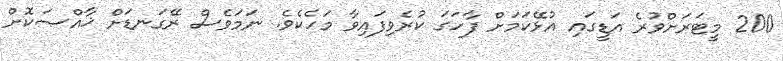
200 މީޓަރަށްވުރެ އަޑީގައި އުޅޭކަމަށް ފާހަގަ ކުރެވިފައިވާ މަހެކެވެ. ނަމަވެސް ރޭގަނޑަށް ޚާއްޞަކޮށް